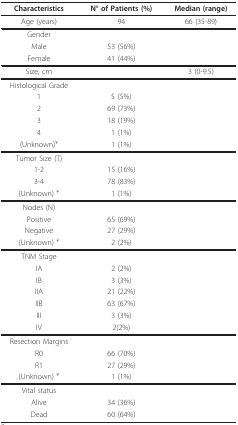
<table><thead><tr><td><b>Characteristics</b></td><td><b>N° of Patients (%)</b></td><td><b>Median (range)</b></td></tr></thead><tbody><tr><td>Age (years)</td><td>94</td><td>66 (35-89)</td></tr><tr><td>Gender</td><td></td><td></td></tr><tr><td>Male</td><td>53 (56%)</td><td></td></tr><tr><td>Female</td><td>41 (44%)</td><td></td></tr><tr><td>Size, cm</td><td></td><td>3 (0-9.5)</td></tr><tr><td>Histological Grade</td><td></td><td></td></tr><tr><td>1</td><td>5 (5%)</td><td></td></tr><tr><td>2</td><td>69 (73%)</td><td></td></tr><tr><td>3</td><td>18 (19%)</td><td></td></tr><tr><td>4</td><td>1 (1%)</td><td></td></tr><tr><td>(Unknown)<sup>¥</sup></td><td>1 (1%)</td><td></td></tr><tr><td>Tumor Size (T)</td><td></td><td></td></tr><tr><td>1-2</td><td>15 (16%)</td><td></td></tr><tr><td>3-4</td><td>78 (83%)</td><td></td></tr><tr><td>(Unknown) <sup>¥</sup></td><td>1 (1%)</td><td></td></tr><tr><td>Nodes (N)</td><td></td><td></td></tr><tr><td>Positive</td><td>65 (69%)</td><td></td></tr><tr><td>Negative</td><td>27 (29%)</td><td></td></tr><tr><td>(Unknown) <sup>¥</sup></td><td>2 (2%)</td><td></td></tr><tr><td>TNM Stage</td><td></td><td></td></tr><tr><td>IA</td><td>2 (2%)</td><td></td></tr><tr><td>IB</td><td>3 (3%)</td><td></td></tr><tr><td>IIA</td><td>21 (22%)</td><td></td></tr><tr><td>IIB</td><td>63 (67%)</td><td></td></tr><tr><td>III</td><td>3 (3%)</td><td></td></tr><tr><td>IV</td><td>2(2%)</td><td></td></tr><tr><td>Resection Margins</td><td></td><td></td></tr><tr><td>R0</td><td>66 (70%)</td><td></td></tr><tr><td>R1</td><td>27 (29%)</td><td></td></tr><tr><td>(Unknown) <sup>¥</sup></td><td>1 (1%)</td><td></td></tr><tr><td>Vital status</td><td></td><td></td></tr><tr><td>Alive</td><td>34 (36%)</td><td></td></tr><tr><td>Dead</td><td>60 (64%)</td><td></td></tr></tbody></table>